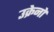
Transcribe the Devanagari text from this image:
उक्रेनो